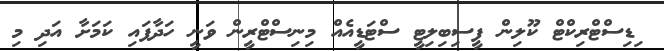
ިޑިސްޓްރިކްޓް ކޫލިން ފީސިބިލިޓީ ސްޓަޑީއެއް މިނިސްޓްރީން ވަނީ ހަދާފައި ކަމަށާ އަދި މި